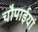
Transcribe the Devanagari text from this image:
चौपाईयां